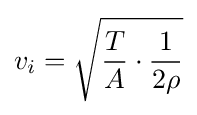
v_{i}={\sqrt {{\frac {T}{A}}\cdot {\frac {1}{2\rho }}}}